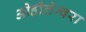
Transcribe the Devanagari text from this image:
ओहीलेश्वरा